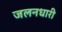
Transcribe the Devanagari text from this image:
जलनधारी